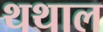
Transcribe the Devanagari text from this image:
थथाल